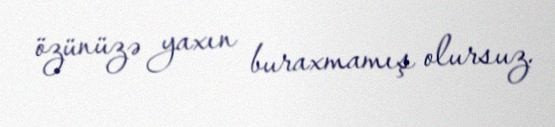
özünüzə yaxın buraxmamış olursuz.